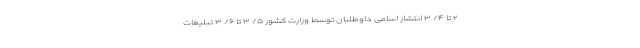
۲ تا ۴/ ۳ انتشار اسامی داوطلبان توسط وزارت کشور ۵/ ۳ تا ۶/ ۳ تبلیغات